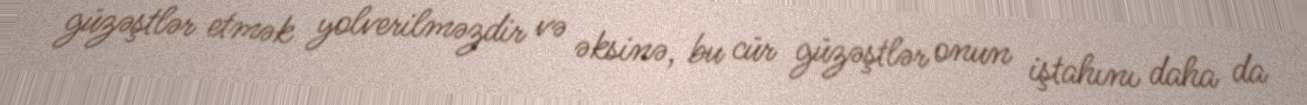
güzəştlər etmək yolverilməzdir və əksinə, bu cür güzəştlər onun iştahını daha da